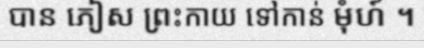
បាន ភៀស ព្រះកាយ ទៅកាន់ មុំហ៍ ។